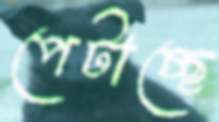
পেটাচ্ছে